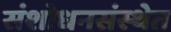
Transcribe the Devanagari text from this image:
संशोधनसंस्थेत